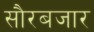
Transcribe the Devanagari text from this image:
सौरबजार